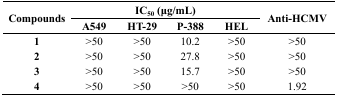
<table><thead><tr><td rowspan="2"><b>Compounds</b></td><td colspan="4"><b>IC<sub>50</sub> (μg/mL)</b></td><td rowspan="2"><b>Anti-HCMV</b></td></tr><tr><td><b>A549</b></td><td><b>HT-29</b></td><td><b>P-388</b></td><td><b>HEL</b></td></tr></thead><tbody><tr><td><b>1</b></td><td>&gt;50</td><td>&gt;50</td><td>10.2</td><td>&gt;50</td><td>&gt;50</td></tr><tr><td><b>2</b></td><td>&gt;50</td><td>&gt;50</td><td>27.8</td><td>&gt;50</td><td>&gt;50</td></tr><tr><td><b>3</b></td><td>&gt;50</td><td>&gt;50</td><td>15.7</td><td>&gt;50</td><td>&gt;50</td></tr><tr><td><b>4</b></td><td>&gt;50</td><td>&gt;50</td><td>&gt;50</td><td>&gt;50</td><td>1.92</td></tr></tbody></table>